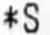
*S